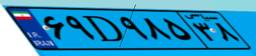
۸۳D۷۱۹۴۵